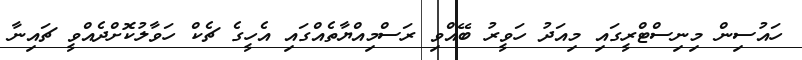
ހައުސިން މިނިސްޓްރީގައި މިއަދު ހަވީރު ބޭއްވި ރަސްމިއްޔާތެއްގައި އެހީގެ ޗެކް ހަވާލުކޮށްދެއްވީ ޗައިނާ